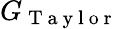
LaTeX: G_{\mathrm{~T~a~y~l~o~r~}}